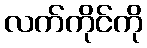
လက်ကိုင်ကို